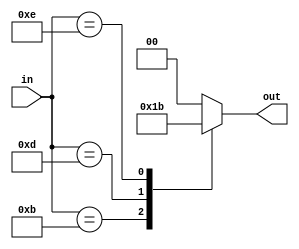
module encoder(in, out);
        input [3:0] in;
        output reg [1:0] out;
        always @(in, out) begin
                case (in)
                        4'b0111: out = 2'b00;
                        4'b1011: out = 2'b01;
                        4'b1101: out = 2'b10;
                        4'b1110: out = 2'b11;
                        default: out = 2'b00; // default case
                endcase
        end
endmodule